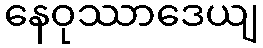
နေဝုဿာဒေယျ